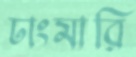
ঢাংমারি